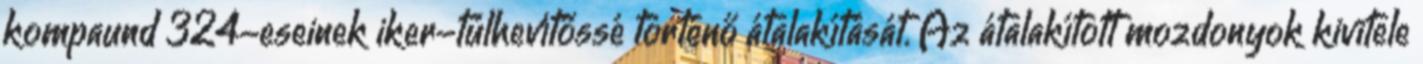
kompaund 324-eseinek iker-túlhevítőssé történő átalakítását. Az átalakított mozdonyok kivitele